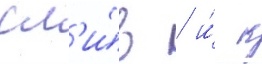
сл'и́в / и́ к